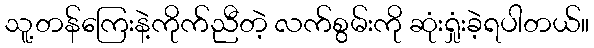
သူ့တန်ကြေးနဲ့ကိုက်ညီတဲ့ လက်စွမ်းကို ဆုံးရှုံးခဲ့ရပါတယ်။